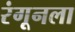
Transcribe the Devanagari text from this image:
रंगूनला